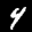
Label: 4